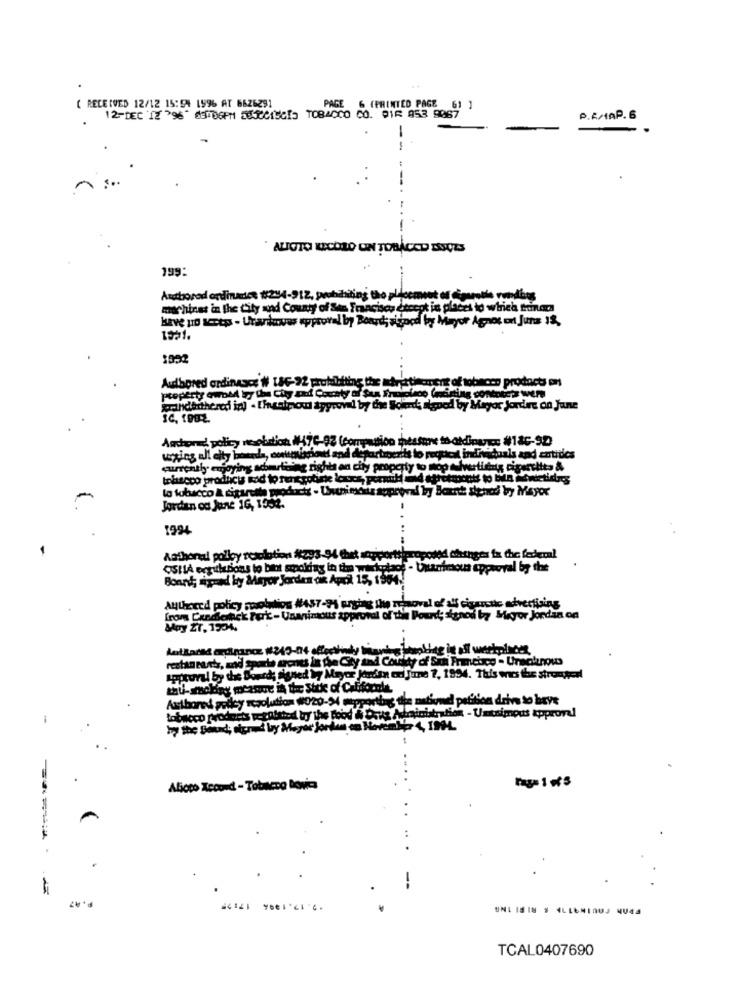
( RECEIVED 12/12 15:91 1996 AT 6626291
PAGE 6 (PRINTED PAGE 61 ]
12-DEC 12 796" 65006PM 85215815 TOBACCO CO. 916 953 9067
P.AMAP. 6
-
* ALLOTO RECORD ON TORÁCED DOCES
199:
Andbored ordinades #294-912, prubaiting tho phlo
mer hinst in the City and County of Sta Francisco ca
ha diceok in places to which trainor
Have po seetp - Uraniowas approval by Bord; a ined by Mayor Agnos on June 13.
1921.
Audbored ordinasce # 18G-92 prohibiting the adrettinement of tobacco products on
property owold boy Che Chy zad County of Sus Frivoleco Coming
jorindexthered in) . [heatpexu approved by the Soler; algoed by Mayor Jordre on June
Anchored policy ncsobdion (47
wtion measure to aidin
TICE #18C-9D
tuals and antides
currently· enjoying adomrising rights an city property to top
tobacco products rod to renerotiske Incs, p
lo tobacco & cigarette prod
wal by Borne signed by Mayor
Jordan od June 1G, 19.2.
1994
Anthonal polloy resolution #293-94 Chet soportsiproposed changes fx the federal
CSIIA ecgulbons to bint smoking in the wickplace - twarrimous
eppooral by the
Bonnt; signed by Mayor Jorden on Apok 15, 1904.
Ayuoecd policy sosolution #457-71 erging the removal of alf cigarctic advertising
from Credoinck For'k- Unanimous approval of the Pound; sonod by Miyor Jordan on
Muy ZT, 1994.
apptural by this Sound; signed Wy Mayer Jorden er Time ?, 1994. This was the strongerl
sition drive to have
Authored gedcy rozolution (020-24 supportbis die motion
-
ministration - Untsimods kppror!
Abioco Xecond - Tobacco bowie
P.97
TCAL0407690